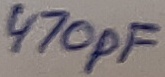
Text: 470pF